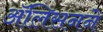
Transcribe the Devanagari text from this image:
ॲलिसनने